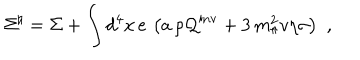
{ \Sigma } ^ { \natural } = \Sigma + \int d ^ { 4 } x \, e \, \left( a \, \rho { \cal Q } ^ { \mathrm { i n v } } + 3 \, m _ { \pi } ^ { 2 } v \eta \sigma \right) \, \, ,